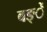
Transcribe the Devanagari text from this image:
बङ्ें